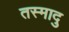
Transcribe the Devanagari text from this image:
तस्मादु